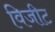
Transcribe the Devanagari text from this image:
विजीट